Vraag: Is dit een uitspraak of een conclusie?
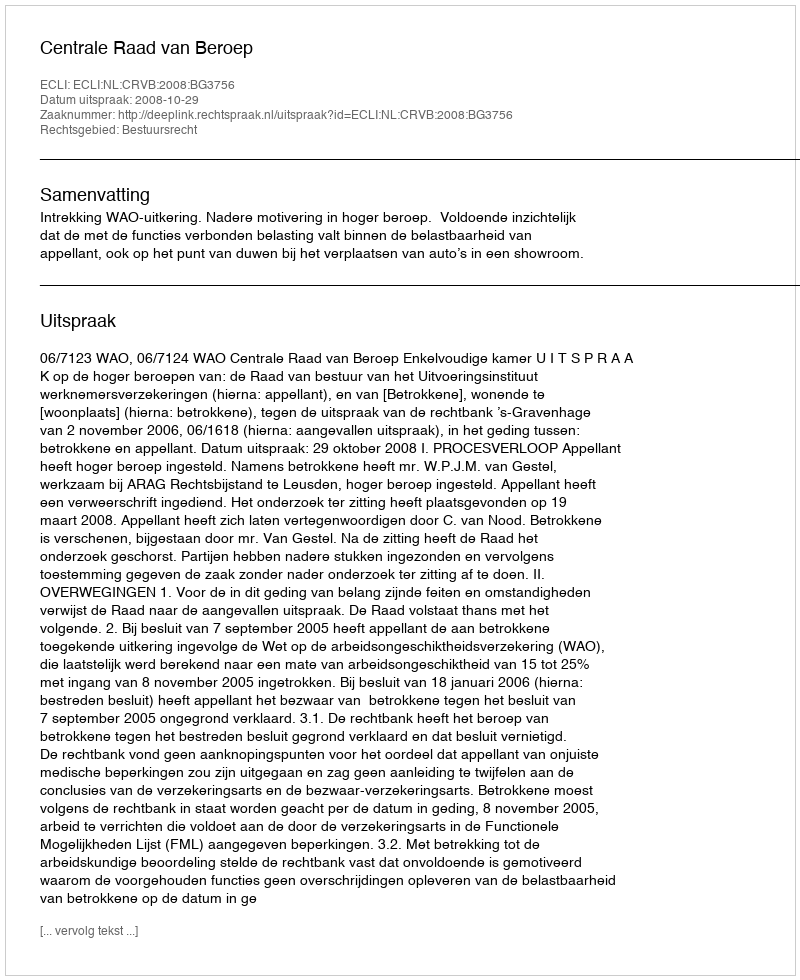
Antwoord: Uitspraak